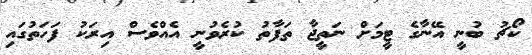
ކޯޗު ބުނީ އޭނާގެ ޓީމަށް ނަތީޖާ ތަފާތު ކުރެވުނީ އެއްވެސް އިރަކު ފަހަތުގައި